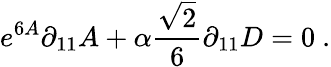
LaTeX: e^{6A}\partial_{11}A+\alpha{\frac{\sqrt{2}}{6}}\partial_{11}D=0\ .